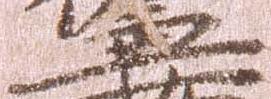
兼